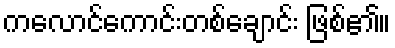
ကလောင်ကောင်းတစ်ချောင်း ဖြစ်၏။